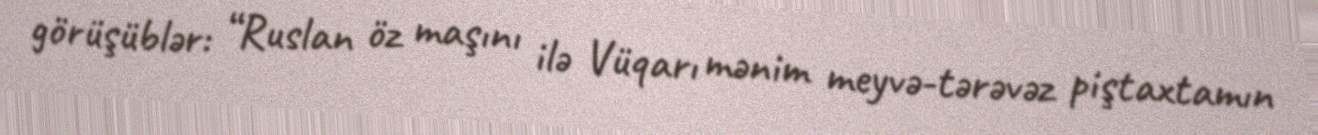
görüşüblər: “Ruslan öz maşını ilə Vüqarı mənim meyvə-tərəvəz piştaxtamın